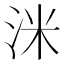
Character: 洣